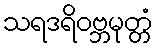
သရဒရိဝဗ္ဘမုတ္တံ